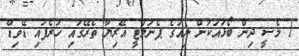
1 މެސީ ދިން ބޯޅައަކުން ނިއުގެ ޕެނަލްޓީ އޭރިޔާ ތެރޭގައި ހުރެފައި ޑޭވިޑް